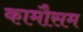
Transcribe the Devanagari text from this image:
कामौसम